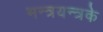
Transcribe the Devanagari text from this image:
मन्त्रयन्त्रके